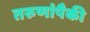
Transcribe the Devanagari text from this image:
तरुणांपैकी